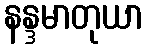
နန္ဒမာတုယာ